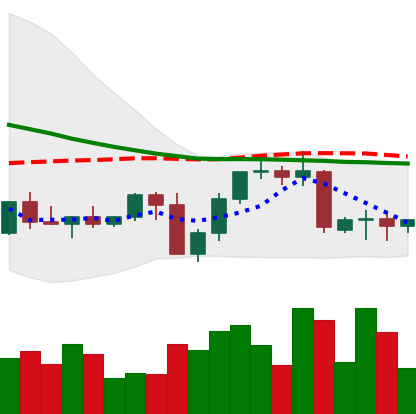
Ticker: NEO-USD
Chart end date: 2022-09-17
Forward return: -7.177%
Label: down_7plus